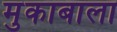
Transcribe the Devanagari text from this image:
मुकाबाला